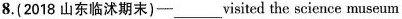
8.(2018 山东临沭期末)-_visited the science museum